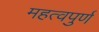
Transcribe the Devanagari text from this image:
महत्‍वपुर्ण